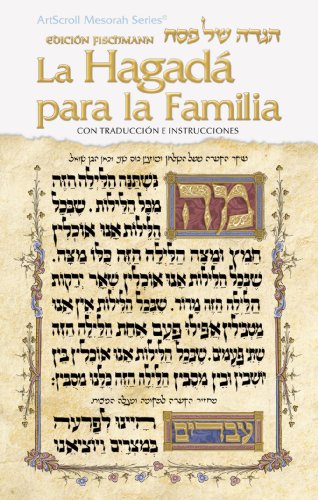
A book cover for La HagadÃE para la Familia / Family Haggadah - Spanish Edition (Artscroll Mesorah); Rabbi Nosson Scherman; Religion & Spirituality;